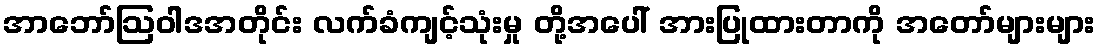
အာဘော်ဩဝါဒအတိုင်း လက်ခံကျင့်သုံးမှု တို့အပေါ် အားပြုထားတာကို အတော်များများ